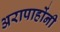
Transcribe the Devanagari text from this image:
अरापाहोंनी